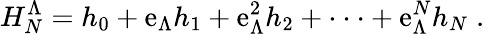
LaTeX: H_{N}^{\Lambda}=h_{0}+\mathrm{e}_{\Lambda}h_{1}+\mathrm{e}_{\Lambda}^{2}h_{2}+\cdot\cdot\cdot+\mathrm{e}_{\Lambda}^{N}h_{N}\; .